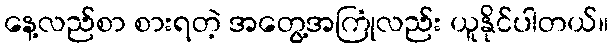
နေ့လည်စာ စားရတဲ့ အတွေ့အကြုံလည်း ယူနိုင်ပါတယ်။